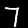
Label: 7